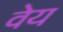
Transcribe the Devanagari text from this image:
वेय